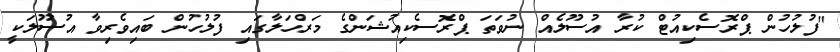
"ފުލުހުން ޕްރޮސެކިއުޓް ކުރާ އުސޫލެއް ނުވަތަ ޕްރޮސެކިއުޝަންގެ މަރްހަލާގައި ފުލުހުން ބައިވެރިވާ އުސޫލަކީ